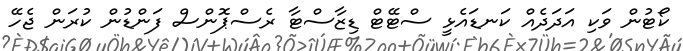
ކޯޓުން ވަކި އަދަދެއް ކަނޑައެޅީ ސްޓޭޓް ޑިޒާސްޓާ ރެސްޕޮންސް ފަންޑުން ކުރަން ޖެހޭ